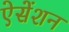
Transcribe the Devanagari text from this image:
ऐसेंशन